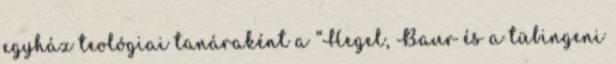
egyház teológiai tanáraként a “Hegel, Baur és a tübingeni